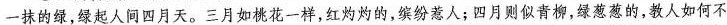
一抹的绿，绿起人间四月天。三月如桃花一样，红灼灼的，缤纷惹人；四月则似青柳，绿葱葱的，教人如何不